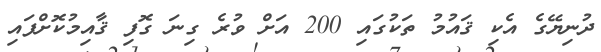
ދުނިޔޭގެ އެކި ޤައުމު ތަކުގައި 200 އަށް ވުރެ ގިނަ ގޮފި ޤާއިމުކޮށްފައި